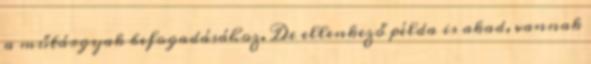
a műtárgyak befogadásához. De ellenkező példa is akad, vannak